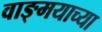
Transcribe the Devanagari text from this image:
वाङ्‍मयाच्या